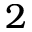
2